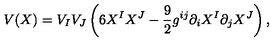
V ( X ) = V _ { I } V _ { J } \left( 6 X ^ { I } X ^ { J } - { \frac { 9 } { 2 } } { g } ^ { i j } \partial _ { i } X ^ { I } \partial _ { j } X ^ { J } \right) ,